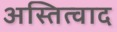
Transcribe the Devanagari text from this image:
अस्तित्वाद